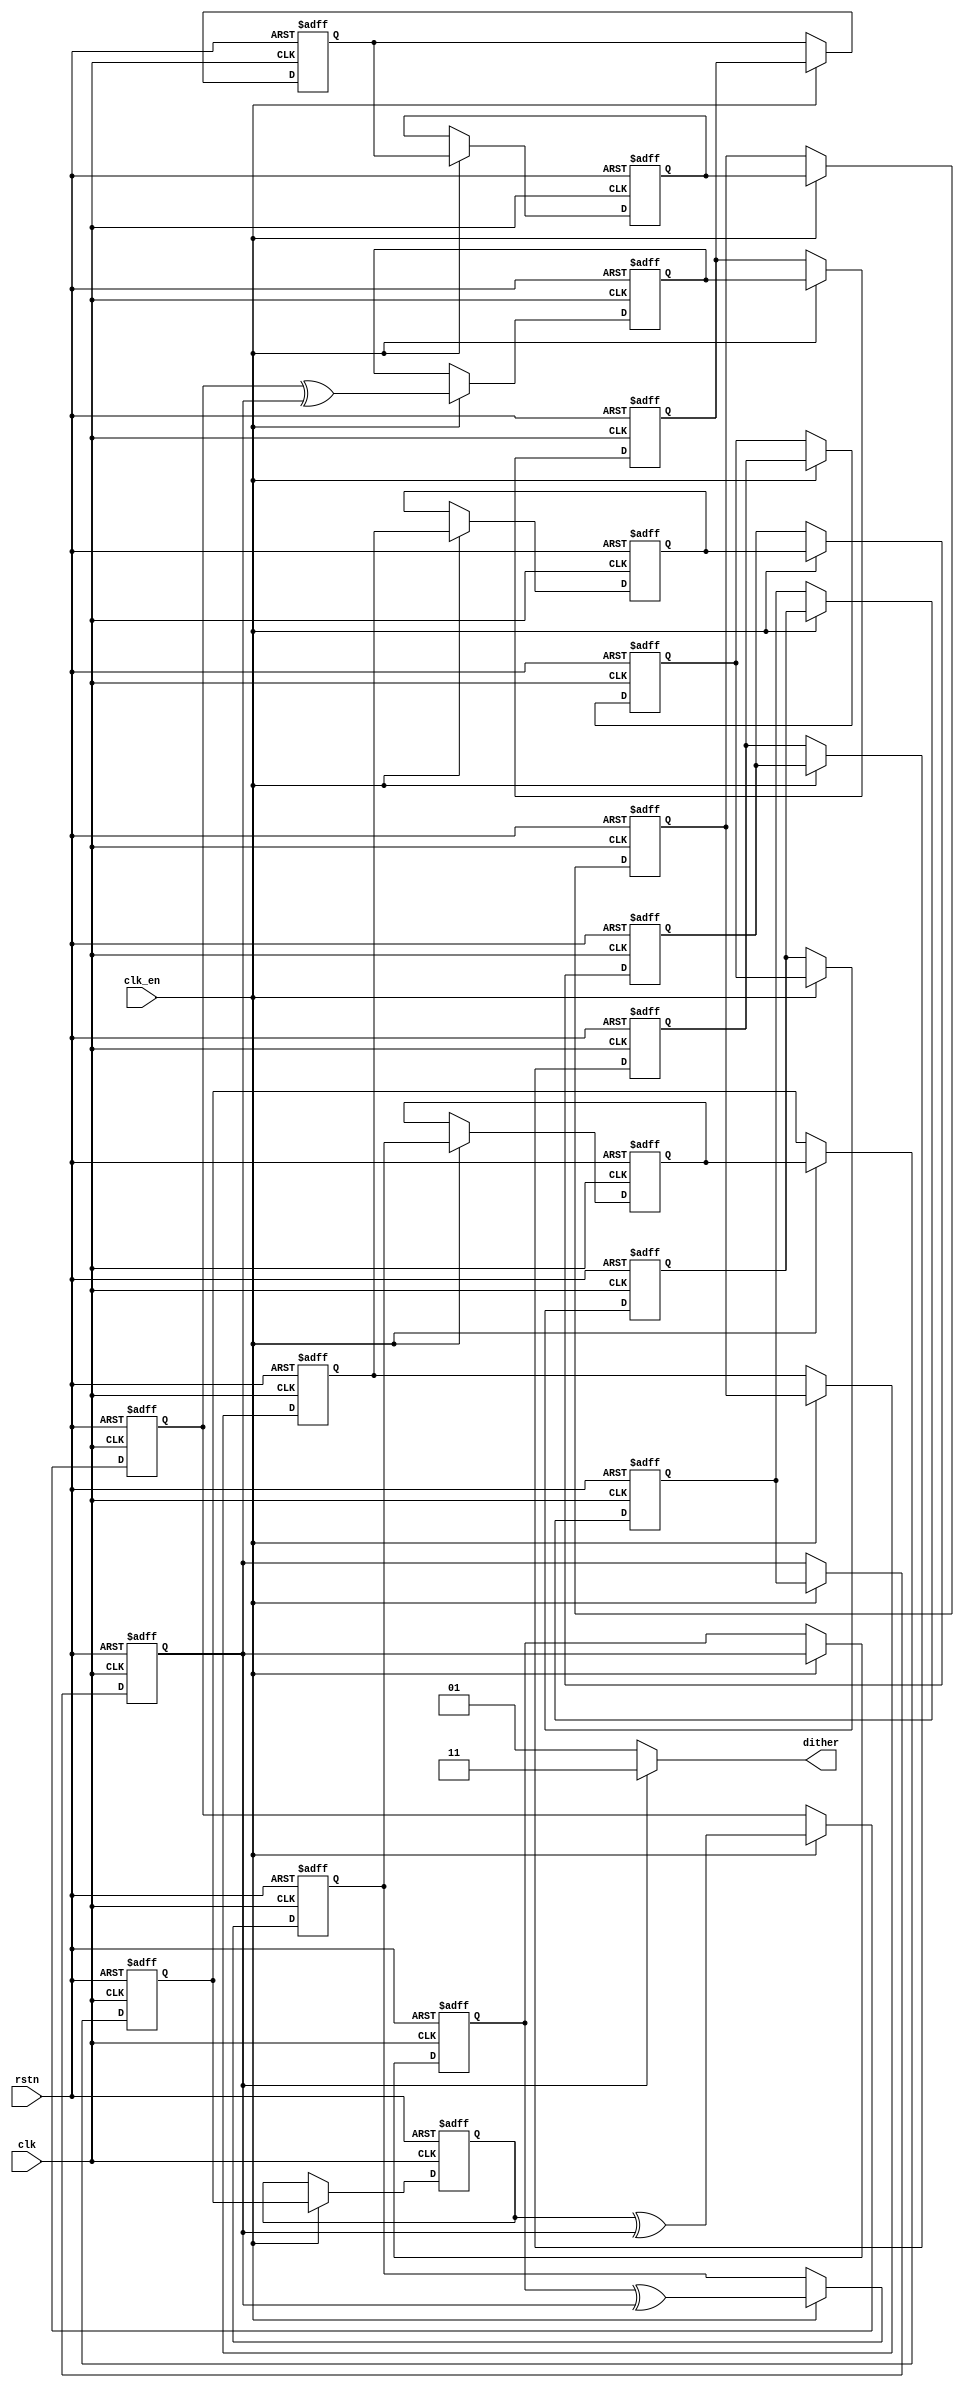
//#######################################
// 18-inputs Dither Sequence Generator
// Version 1.6
//#######################################

module Dither_Gen18(clk, clk_en, rstn, dither);

//-----------------------------------
// clk: input clock;
// rstn: rest signal, 0 enable;
// dither: Output dither sequence;
//-----------------------------------

input clk, clk_en, rstn;
output signed [1:0] dither;

wire SEL;
wire A;
wire B;
wire C;

reg D0;
reg D10,D11,D12,D13;
reg D2;
reg D30,D31,D32,D33,D34,D35,D36,D37,D38,D39,D310,D311,D312;

// Delay
always @(posedge clk or negedge rstn) begin
	if(rstn==0)begin
		D0 <=1;
		D10<=0;
		D11<=0;
		D12<=0;
		D13<=0;
		D2 <=0;
		D30<=0;
		D31<=0;
		D32<=0;
		D33<=0;
		D34<=0;
		D35<=0;
		D36<=0;
		D37<=0;
		D38<=0;
		D39<=0;
		D310<=0;
		D311<=0;
		D312<=0;
	end
	else if(clk_en)begin
		D0 <=SEL;
		D10<=A;
		D11<=D10;
		D12<=D11;
		D13<=D12;
		D2 <=B;
		D30<=C;
		D31<=D30;
		D32<=D31;
		D33<=D32;
		D34<=D33;
		D35<=D34;
		D36<=D35;
		D37<=D36;
		D38<=D37;
		D39<=D38;
		D310<=D39;
		D311<=D310;
		D312<=D311;
	end
	else begin
		D0 <=D0;
		D10<=D10;
		D11<=D11;
		D12<=D12;
		D13<=D13;
		D2 <=D2;
		D30<=D30;
		D31<=D31;
		D32<=D32;
		D33<=D33;
		D34<=D34;
		D35<=D35;
		D36<=D36;
		D37<=D37;
		D38<=D38;
		D39<=D39;
		D310<=D310;
		D311<=D311;
		D312<=D312;
	end
end
// A Node
assign A=D0^SEL;
// B  Node 
assign B=D13^SEL;
// C Node
assign C=D2^SEL;
assign SEL=D312;

// Output
assign dither=SEL ? 2'b11:2'b01;

endmodule